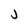
Character: j